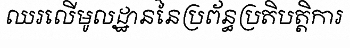
ឈរលើមូលដ្ឋាននៃប្រព័ន្ធប្រតិបត្តិការ